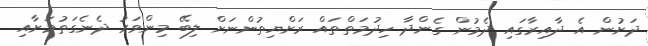
ދަށުން އެ ދާއިރާގައި ދެމުން ގެންދާ ހިދުމަތްތައް ރަށްޔިތުންނަށް ލިބޭ މިންވަރު ދެނެގަތުމަށާއި